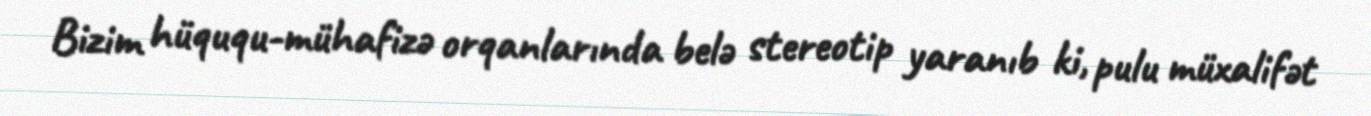
Bizim hüququ-mühafizə orqanlarında belə stereotip yaranıb ki, pulu müxalifət